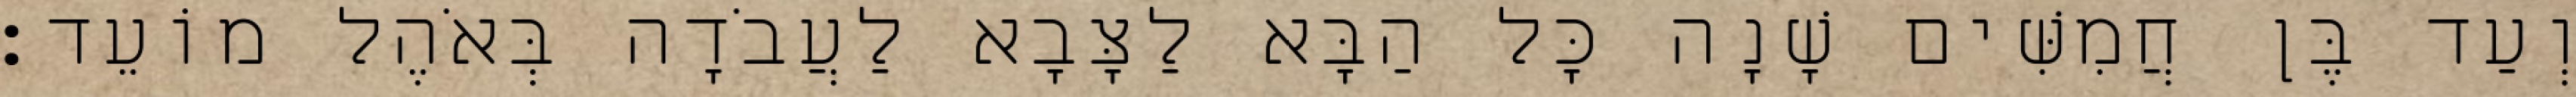
וְעַד בֶּן חֲמִשִּׁים שָׁנָה כָּל הַבָּא לַצָּבָא לַעֲבֹדָה בְּאֹהֶל מוֹעֵד׃